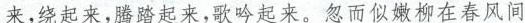
来，绕起来，腾踏起来，歌吟起来。忽而似嫩柳在春风间